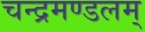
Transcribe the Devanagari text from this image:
चन्द्रमण्डलम्